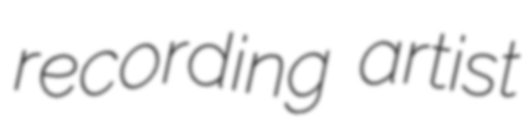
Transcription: recording artist